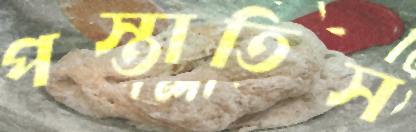
পস্তাতিস